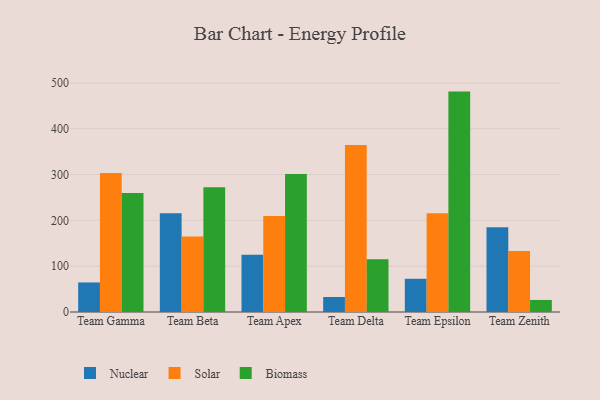
{"axis": {"x": "Team", "y": "Churn Rate (%)"}, "legend": ["Biomass", "Nuclear", "Solar"], "data": [{"x": "Team Gamma", "y": 64.5, "type": "Nuclear"}, {"x": "Team Gamma", "y": 303.4, "type": "Solar"}, {"x": "Team Gamma", "y": 259.6, "type": "Biomass"}, {"x": "Team Beta", "y": 215.6, "type": "Nuclear"}, {"x": "Team Beta", "y": 164.6, "type": "Solar"}, {"x": "Team Beta", "y": 272.1, "type": "Biomass"}, {"x": "Team Apex", "y": 124.7, "type": "Nuclear"}, {"x": "Team Apex", "y": 209.3, "type": "Solar"}, {"x": "Team Apex", "y": 301.3, "type": "Biomass"}, {"x": "Team Delta", "y": 32.8, "type": "Nuclear"}, {"x": "Team Delta", "y": 364.5, "type": "Solar"}, {"x": "Team Delta", "y": 115.0, "type": "Biomass"}, {"x": "Team Epsilon", "y": 72.5, "type": "Nuclear"}, {"x": "Team Epsilon", "y": 215.7, "type": "Solar"}, {"x": "Team Epsilon", "y": 481.0, "type": "Biomass"}, {"x": "Team Zenith", "y": 185.2, "type": "Nuclear"}, {"x": "Team Zenith", "y": 133.0, "type": "Solar"}, {"x": "Team Zenith", "y": 26.3, "type": "Biomass"}]}